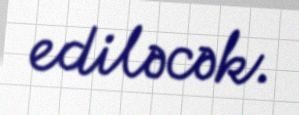
ediləcək.